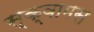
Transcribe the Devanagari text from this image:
स्क्वामस